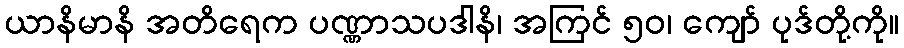
ယာနိမာနိ အတိရေက ပဏ္ဏာသပဒါနိ၊ အကြင် ၅၀၊ ကျော် ပုဒ်တို့ကို။